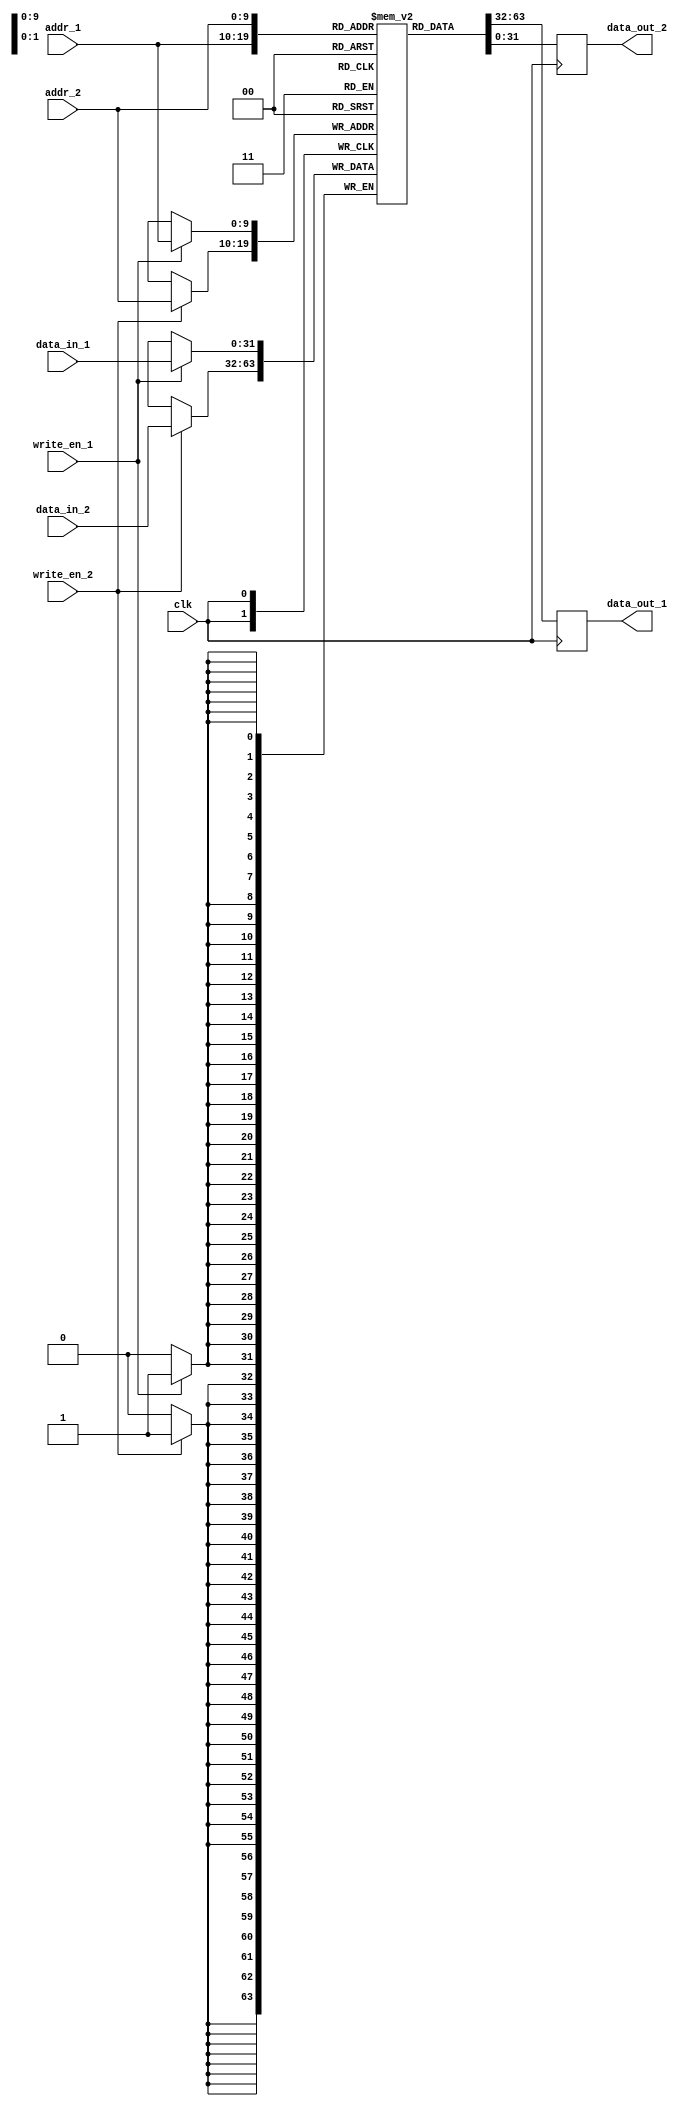
module dual_port_ram (
    input wire clk,
    input wire [9:0] addr_1,
    input wire [9:0] addr_2,
    input wire [31:0] data_in_1,
    input wire [31:0] data_in_2,
    input wire write_en_1,
    input wire write_en_2,
    output reg [31:0] data_out_1,
    output reg [31:0] data_out_2
);

reg [31:0] mem [0:1023];

always @(posedge clk) begin
    if (write_en_1)
        mem[addr_1] <= data_in_1;
    if (write_en_2)
        mem[addr_2] <= data_in_2;
    
    data_out_1 <= mem[addr_1];
    data_out_2 <= mem[addr_2];
end

endmodule